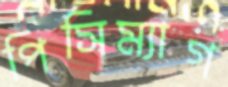
পিসিম্যাগ